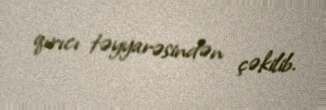
qırıcı təyyarəsindən çəkilib.